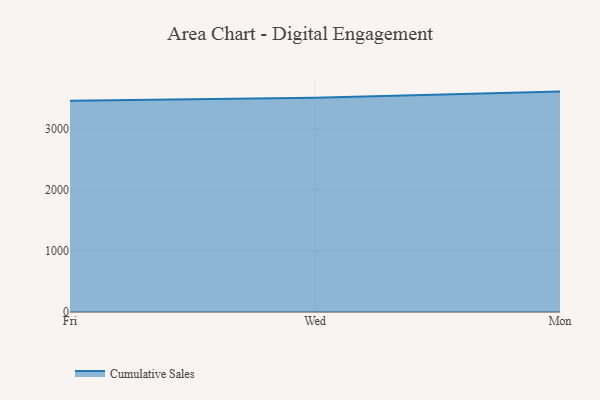
{"axis": {"x": "Day", "y": "Gross Profit (USD K)"}, "legend": ["Cumulative Sales"], "data": [{"x": "Fri", "y": 3467.0, "type": "Cumulative Sales"}, {"x": "Wed", "y": 3513.6, "type": "Cumulative Sales"}, {"x": "Mon", "y": 3616.3, "type": "Cumulative Sales"}]}